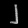
Digit: ၂